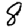
Digit: 8